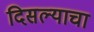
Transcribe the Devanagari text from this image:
दिसल्याचा